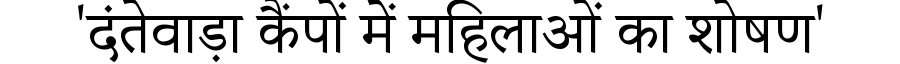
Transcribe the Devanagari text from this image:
'दंतेवाड़ा कैंपों में महिलाओं का शोषण'